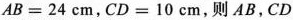
$$AB=24cm$$，$$CD=10cm$$，则AB，CD